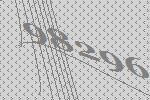
98296